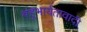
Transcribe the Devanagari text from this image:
बहुभार्यतावादी